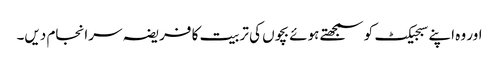
اور وہ اپنے سبجیکٹ کو سمجھتے ہوئے بچوں کی تربیت کا فریضہ سرانجام دیں۔